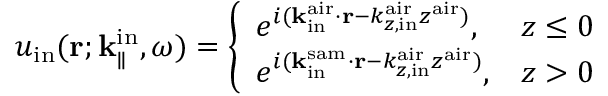
u _ { \mathrm { i n } } ( { \bf r } ; { \bf k } _ { \parallel } ^ { \mathrm { i n } } , \omega ) = \left\{ \begin{array} { l l } { e ^ { i ( { \bf k } _ { \mathrm { i n } } ^ { \mathrm { a i r } } \cdot { \bf r } - k _ { z , \mathrm { i n } } ^ { \mathrm { a i r } } z ^ { \mathrm { a i r } } ) } , } & { z \leq 0 } \\ { e ^ { i ( { \bf k } _ { \mathrm { i n } } ^ { \mathrm { s a m } } \cdot { \bf r } - k _ { z , \mathrm { i n } } ^ { \mathrm { a i r } } z ^ { \mathrm { a i r } } ) } , } & { z > 0 } \end{array} \right.